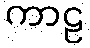
ကာဠ